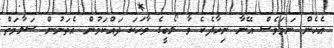
އެހެން ނަމަވެސް އޭނާ ނިހާދެކެ ވާ ލޯބީގެ ވާހަކަ ދައްކަމުން އެތަނުން ސަލާމަތް